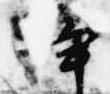
浄